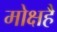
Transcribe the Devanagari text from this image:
मोक्षहै